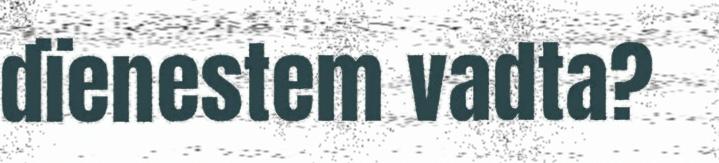
dïenestem vadta?